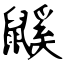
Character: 鼷